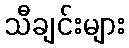
သီချင်းများ